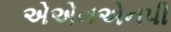
એએનએનપી